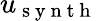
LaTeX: u_{\mathrm{~s~y~n~t~h~}}